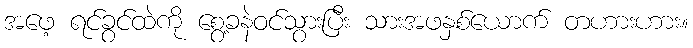
အဖေ့ ရင်ခွင်ထဲကို စွေ့ခနဲဝင်သွားပြီး သားအဖနှစ်ယောက် တဟားဟား။